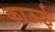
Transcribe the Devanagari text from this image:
काऊई